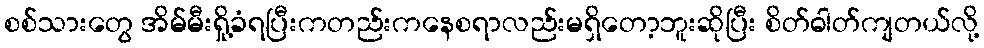
စစ်သားတွေ အိမ်မီးရှို့ခံရပြီးကတည်းကနေစရာလည်းမရှိတော့ဘူးဆိုပြီး စိတ်ဓါတ်ကျတယ်လို့